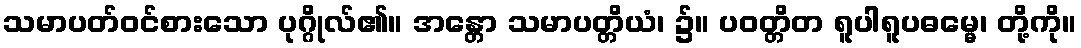
သမာပတ်ဝင်စားသော ပုဂ္ဂိုလ်၏။ အန္တော သမာပတ္တိယံ၊ ၌။ ပဝတ္တိတ ရူပါရူပဓမ္မေ၊ တို့ကို။